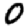
Digit: 0